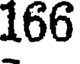
166